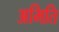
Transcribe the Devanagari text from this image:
अमिति